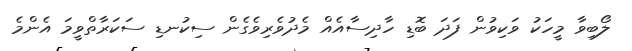
ލޯބިވާ މީހަކު ވަކިވުން ފަދަ ބޮޑި ހާދިސާއެއް މެދުވެރިވެގެން ސިކުނޑި ސަކަރާތްވީމަ އެންމެ